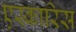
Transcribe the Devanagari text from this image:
एस्कारिस